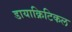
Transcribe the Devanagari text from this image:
डायाक्रिटिकल